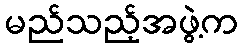
မည်သည့်အဖွဲ့က